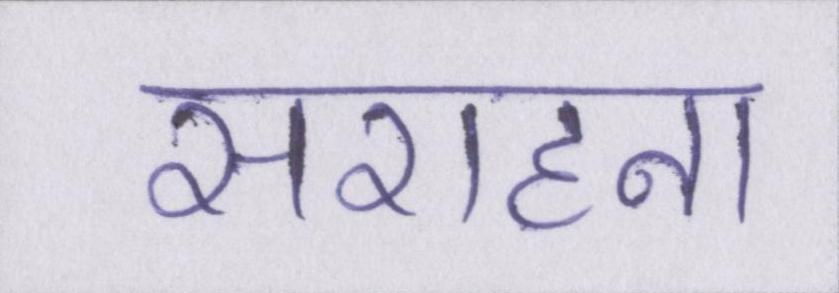
सराहना